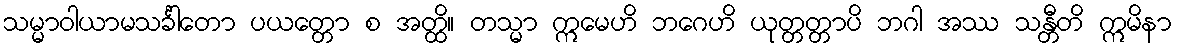
သမ္မာဝါယာမသင်္ခါတော ပယတ္တော စ အတ္ထိ။ တသ္မာ ဣမေဟိ ဘဂေဟိ ယုတ္တတ္တာပိ ဘဂါ အဿ သန္တီတိ ဣမိနာ